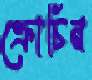
ক্রোচিন